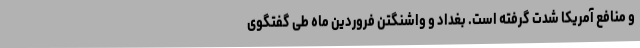
و منافع آمریکا شدت گرفته است. بغداد و واشنگتن فروردین ماه طی گفتگوی